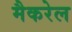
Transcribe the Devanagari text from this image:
मैकरेल